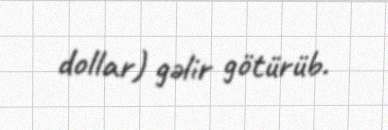
dollar) gəlir götürüb.